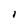
Character: I